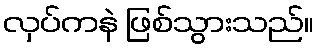
လှပ်ကနဲ ဖြစ်သွားသည်။